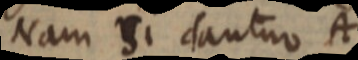
nam si dantur A